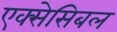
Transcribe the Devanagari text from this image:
एक्सेसिबल